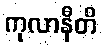
ကုလာနီတိ